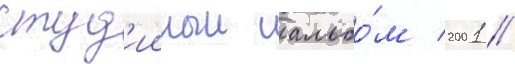
студ'ииныи альбо́м 2001 //